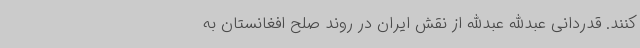
کنند. قدردانی عبدالله عبدالله از نقش ایران در روند صلح افغانستان به